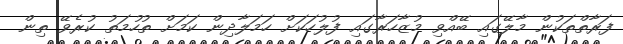
ފަރާތްތަކުން މާލޭގައި ބޭއްވި މުޒާހަރާގައި ފުލުހަކަށް ހަމަލާދިން ކަމަށް ތުހުމަތު ކުރެވޭ ތިން